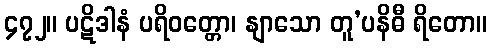
၄၇၂။ ပဋိဒါနံ ပရိဝတ္တော၊ နျာသော တူ’ပနိဓီ ရိတော။